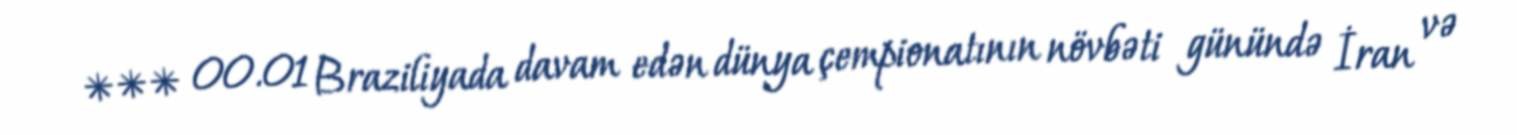
*** 00.01 Braziliyada davam edən dünya çempionatının növbəti günündə İran və